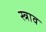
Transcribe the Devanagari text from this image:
स्‍त्राव